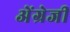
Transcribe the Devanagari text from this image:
अेंग्रेजी